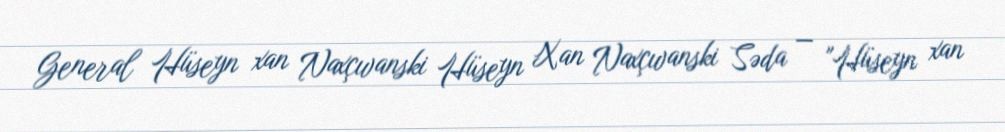
General Hüseyn xan Naxçıvanski Hüseyn Xan Naxçıvanski Səda — "Hüseyn xan